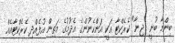
ބިންމާ ބުނީ "ޖިނާ" ކެރެކްޓާ އަކީ އަންހެނުންގެ އެދުމުގެ މަތިން އުފެއްދި ކެރެކްޓާއެއް